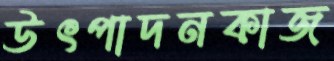
উৎপাদনকাজ